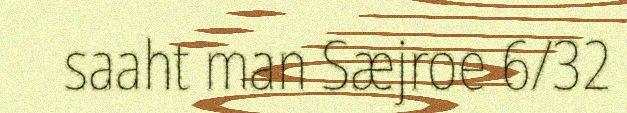
saaht man Sæjroe 6/32